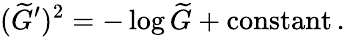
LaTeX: (\widetilde{G}^{\prime})^{2}=-\log\widetilde{G}+\mathrm{constant}\, .